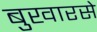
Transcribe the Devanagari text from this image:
बुखारसे